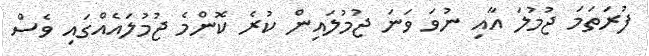
ފުރަތަމަ ޖުމުލަ އާއި ނުވަ ވަނަ ޖުމުލައިން ކުރެ ކޮންމެ ޖުމުލައެއްގައި ވެސް